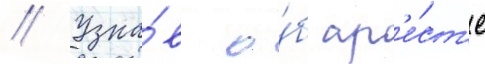
// Узна́в о́б ар'е́ст'е